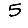
Digit: 5